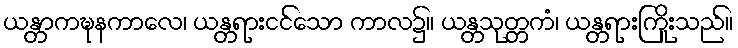
ယန္တာကဍ္ဎနကာလေ၊ ယန္တရားငင်သော ကာလ၌။ ယန္တသုတ္တကံ၊ ယန္တရားကြိုးသည်။